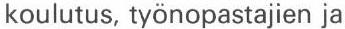
koulutus, työnopastajien ja